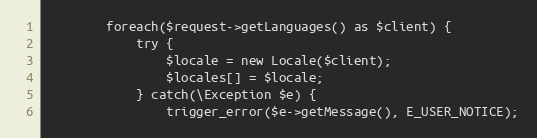
Language: PHP
        foreach($request->getLanguages() as $client) {
            try {
                $locale = new Locale($client);
                $locales[] = $locale;
            } catch(\Exception $e) {
                trigger_error($e->getMessage(), E_USER_NOTICE);